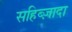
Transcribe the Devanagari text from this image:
सहिब्ज़ादा